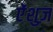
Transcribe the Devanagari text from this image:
ऐंशुज़